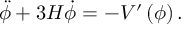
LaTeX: \ddot { \phi } + 3 H \dot { \phi } = - V ^ { \prime } \left( \phi \right) .